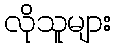
လိုသူများ